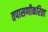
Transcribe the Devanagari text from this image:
तपासणीकरिता